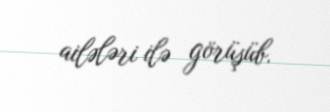
ailələri ilə görüşüb.